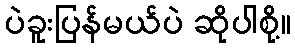
ပဲခူးပြန်မယ်ပဲ ဆိုပါစို့။